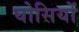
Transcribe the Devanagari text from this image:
घोसियों